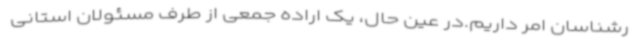
رشناسان امر داریم.در عین حال، یک اراده جمعی از طرف مسئولان استانی